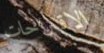
الاقتراحات